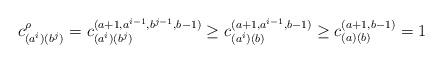
LaTeX: \begin{align*}c_{(a^i)(b^j)}^{\rho} = c_{(a^i)(b^j)}^{(a+1,a^{i-1},b^{j-1},b-1)}\ge c_{(a^i)(b)}^{(a+1,a^{i-1},b-1)}\ge c_{(a)(b)}^{(a+1,b-1)}=1\end{align*}